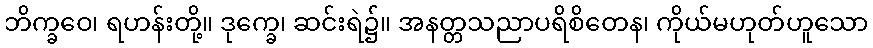
ဘိက္ခဝေ၊ ရဟန်းတို့။ ဒုက္ခေ၊ ဆင်းရဲ၌။ အနတ္တသညာပရိစိတေန၊ ကိုယ်မဟုတ်ဟူသော